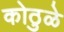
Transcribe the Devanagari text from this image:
कोठुळे